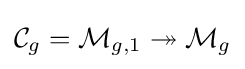
{\mathcal {C}}_{g}={\mathcal {M}}_{g,1}\twoheadrightarrow {\mathcal {M}}_{g}